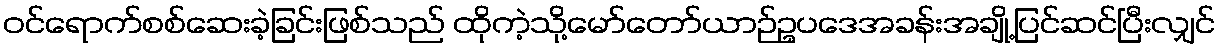
ဝင်ရောက်စစ်ဆေးခဲ့ခြင်းဖြစ်သည် ထိုကဲ့သို့မော်တော်ယာဉ်ဥပဒေအခန်းအချို့ပြင်ဆင်ပြီးလျှင်